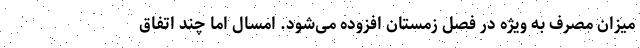
میزان مصرف به ویژه در فصل زمستان افزوده می‌شود. امسال اما چند اتفاق